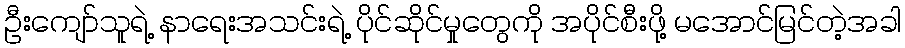
ဦးကျော်သူရဲ့ နာရေးအသင်းရဲ့ ပိုင်ဆိုင်မှုတွေကို အပိုင်စီးဖို့ မအောင်မြင်တဲ့အခါ